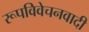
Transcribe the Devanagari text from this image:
रूपविवेचनवादी